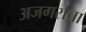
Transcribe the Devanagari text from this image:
अजगराचा